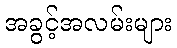
အခွင့်အလမ်းများ